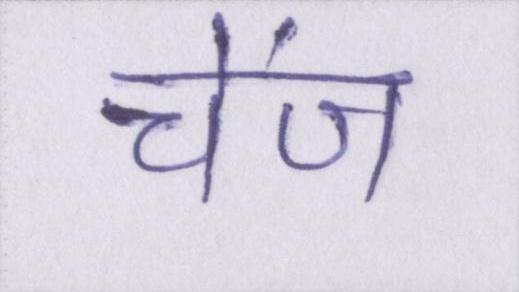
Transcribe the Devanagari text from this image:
चेंज